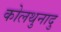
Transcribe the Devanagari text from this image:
कोलथुनादु